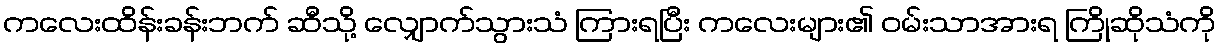
ကလေးထိန်းခန်းဘက် ဆီသို့ လျှောက်သွားသံ ကြားရပြီး ကလေးများ၏ ဝမ်းသာအားရ ကြိုဆိုသံကို